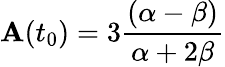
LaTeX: \mathbf{A}(t_{0})=3\frac{{(\alpha-\beta)}}{{\alpha+2\beta}}